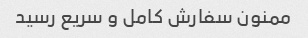
ممنون سفارش کامل و سریع رسید